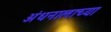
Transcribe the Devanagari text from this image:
अंधनालाच्या